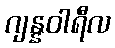
ဂျန္နဝါရီလ